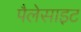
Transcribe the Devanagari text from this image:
पैलेसाइट